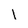
Character: I